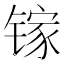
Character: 镓